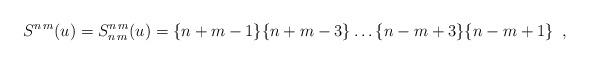
LaTeX: \begin{align*}S^{n\, m}(u)=S^{n\, m}_{n\, m}(u)=\{n+m-1\}\{n+m-3\}\dots \{n-m+3\}\{n-m+1\}\, \, \, ,\end{align*}